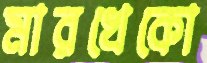
মারখেকো